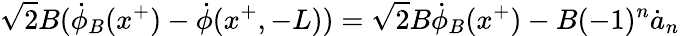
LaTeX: \sqrt{2}B(\dot{\phi}_{B}(x^{+})-\dot{\phi}(x^{+},-L))=\sqrt{2}B\dot{\phi}_{B}(x^{+})-B(-1)^{n}\dot{a}_{n}